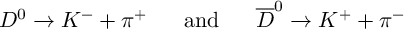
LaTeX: D ^ { 0 } \rightarrow K ^ { - } + \pi ^ { + } \mathrm { ~ ~ ~ ~ ~ a n d ~ ~ ~ ~ ~ } \overline { { { D } } } ^ { 0 } \rightarrow K ^ { + } + \pi ^ { - }